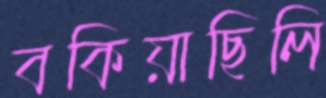
বকিয়াছিলি